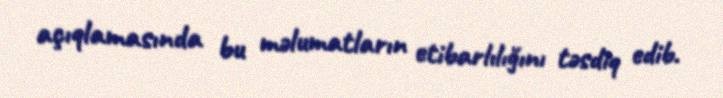
açıqlamasında bu məlumatların etibarlılığını təsdiq edib.